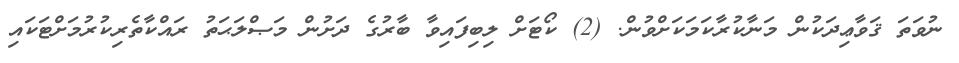
ނުވަތަ ޤަވާޢިދަކުން މަނާކުރާކަމަކަށްވުން. (2) ކޯޓަށް ލިބިފައިވާ ބާރުގެ ދަށުން މަޞްލަޙަތު ރައްކާތެރިކުރުމަށްޓަކައި